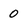
Character: 0